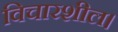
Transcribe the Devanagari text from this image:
विचारशील।